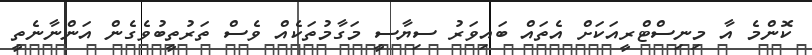
ކޮންމެ އާ މިނިސްޓްރީއަކަށް އެތައް ބައިވަރު ސިޔާސީ މަގާމުތަކެއް ވެސް ތަރުތީބުވެގެން އަންނާނެތީ